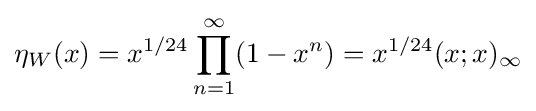
\eta _{W}(x)=x^{1/24}\prod _{n=1}^{\infty }(1-x^{n})=x^{1/24}(x;x)_{\infty }